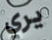
يري